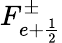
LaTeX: F_{e+\frac{1}{2}}^{\pm}